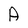
Character: A